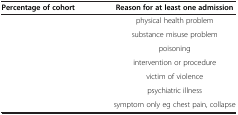
<table><thead><tr><td><b>Percentage of cohort</b></td><td><b>Reason for at least one admission</b></td></tr></thead><tbody><tr><td>[EMPTY_CELL]</td><td>physical health problem</td></tr><tr><td>[EMPTY_CELL]</td><td>substance misuse problem</td></tr><tr><td>[EMPTY_CELL]</td><td>poisoning</td></tr><tr><td>[EMPTY_CELL]</td><td>intervention or procedure</td></tr><tr><td>[EMPTY_CELL]</td><td>victim of violence</td></tr><tr><td>[EMPTY_CELL]</td><td>psychiatric illness</td></tr><tr><td>[EMPTY_CELL]</td><td>symptom only eg chest pain, collapse</td></tr></tbody></table>